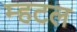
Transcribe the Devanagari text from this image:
म्हटल